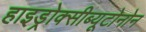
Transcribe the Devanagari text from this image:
हाइड्रोक्सीब्यूटोनोन